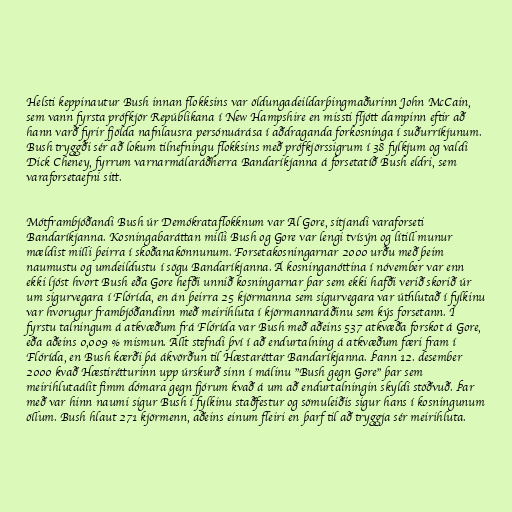
Helsti keppinautur Bush innan flokksins var öldungadeildarþingmaðurinn John McCain,
sem vann fyrsta prófkjör Repúblikana í New Hampshire en missti fljótt dampinn eftir að
hann varð fyrir fjölda nafnlausra persónuárása í aðdraganda forkosninga í suðurríkjunum.
Bush tryggði sér að lokum tilnefningu flokksins með prófkjörssigrum í 38 fylkjum og valdi
Dick Cheney, fyrrum varnarmálaráðherra Bandaríkjanna á forsetatíð Bush eldri, sem
varaforsetaefni sitt.

Mótframbjóðandi Bush úr Demókrataflokknum var Al Gore, sitjandi varaforseti
Bandaríkjanna. Kosningabaráttan milli Bush og Gore var lengi tvísýn og lítill munur
mældist milli þeirra í skoðanakönnunum. Forsetakosningarnar 2000 urðu með þeim
naumustu og umdeildustu í sögu Bandaríkjanna. Á kosninganóttina í nóvember var enn
ekki ljóst hvort Bush eða Gore hefði unnið kosningarnar þar sem ekki hafði verið skorið úr
um sigurvegara í Flórída, en án þeirra 25 kjörmanna sem sigurvegara var úthlutað í fylkinu
var hvorugur frambjóðandinn með meirihluta í kjörmannaráðinu sem kýs forsetann. Í
fyrstu talningum á atkvæðum frá Flórída var Bush með aðeins 537 atkvæða forskot á Gore,
eða aðeins 0,009 % mismun. Allt stefndi því í að endurtalning á atkvæðum færi fram í
Flórída, en Bush kærði þá ákvörðun til Hæstaréttar Bandaríkjanna. Þann 12. desember
2000 kvað Hæstirétturinn upp úrskurð sinn í málinu "Bush gegn Gore" þar sem
meirihlutaálit fimm dómara gegn fjórum kvað á um að endurtalningin skyldi stöðvuð. Þar
með var hinn naumi sigur Bush í fylkinu staðfestur og sömuleiðis sigur hans í kosningunum
öllum. Bush hlaut 271 kjörmenn, aðeins einum fleiri en þarf til að tryggja sér meirihluta.